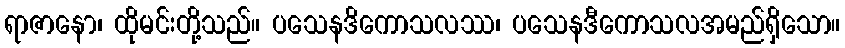
ရာဇာနော၊ ထိုမင်းတို့သည်။ ပသေနဒိကောသလဿ၊ ပသေနဒီကောသလအမည်ရှိသော။